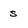
Character: s